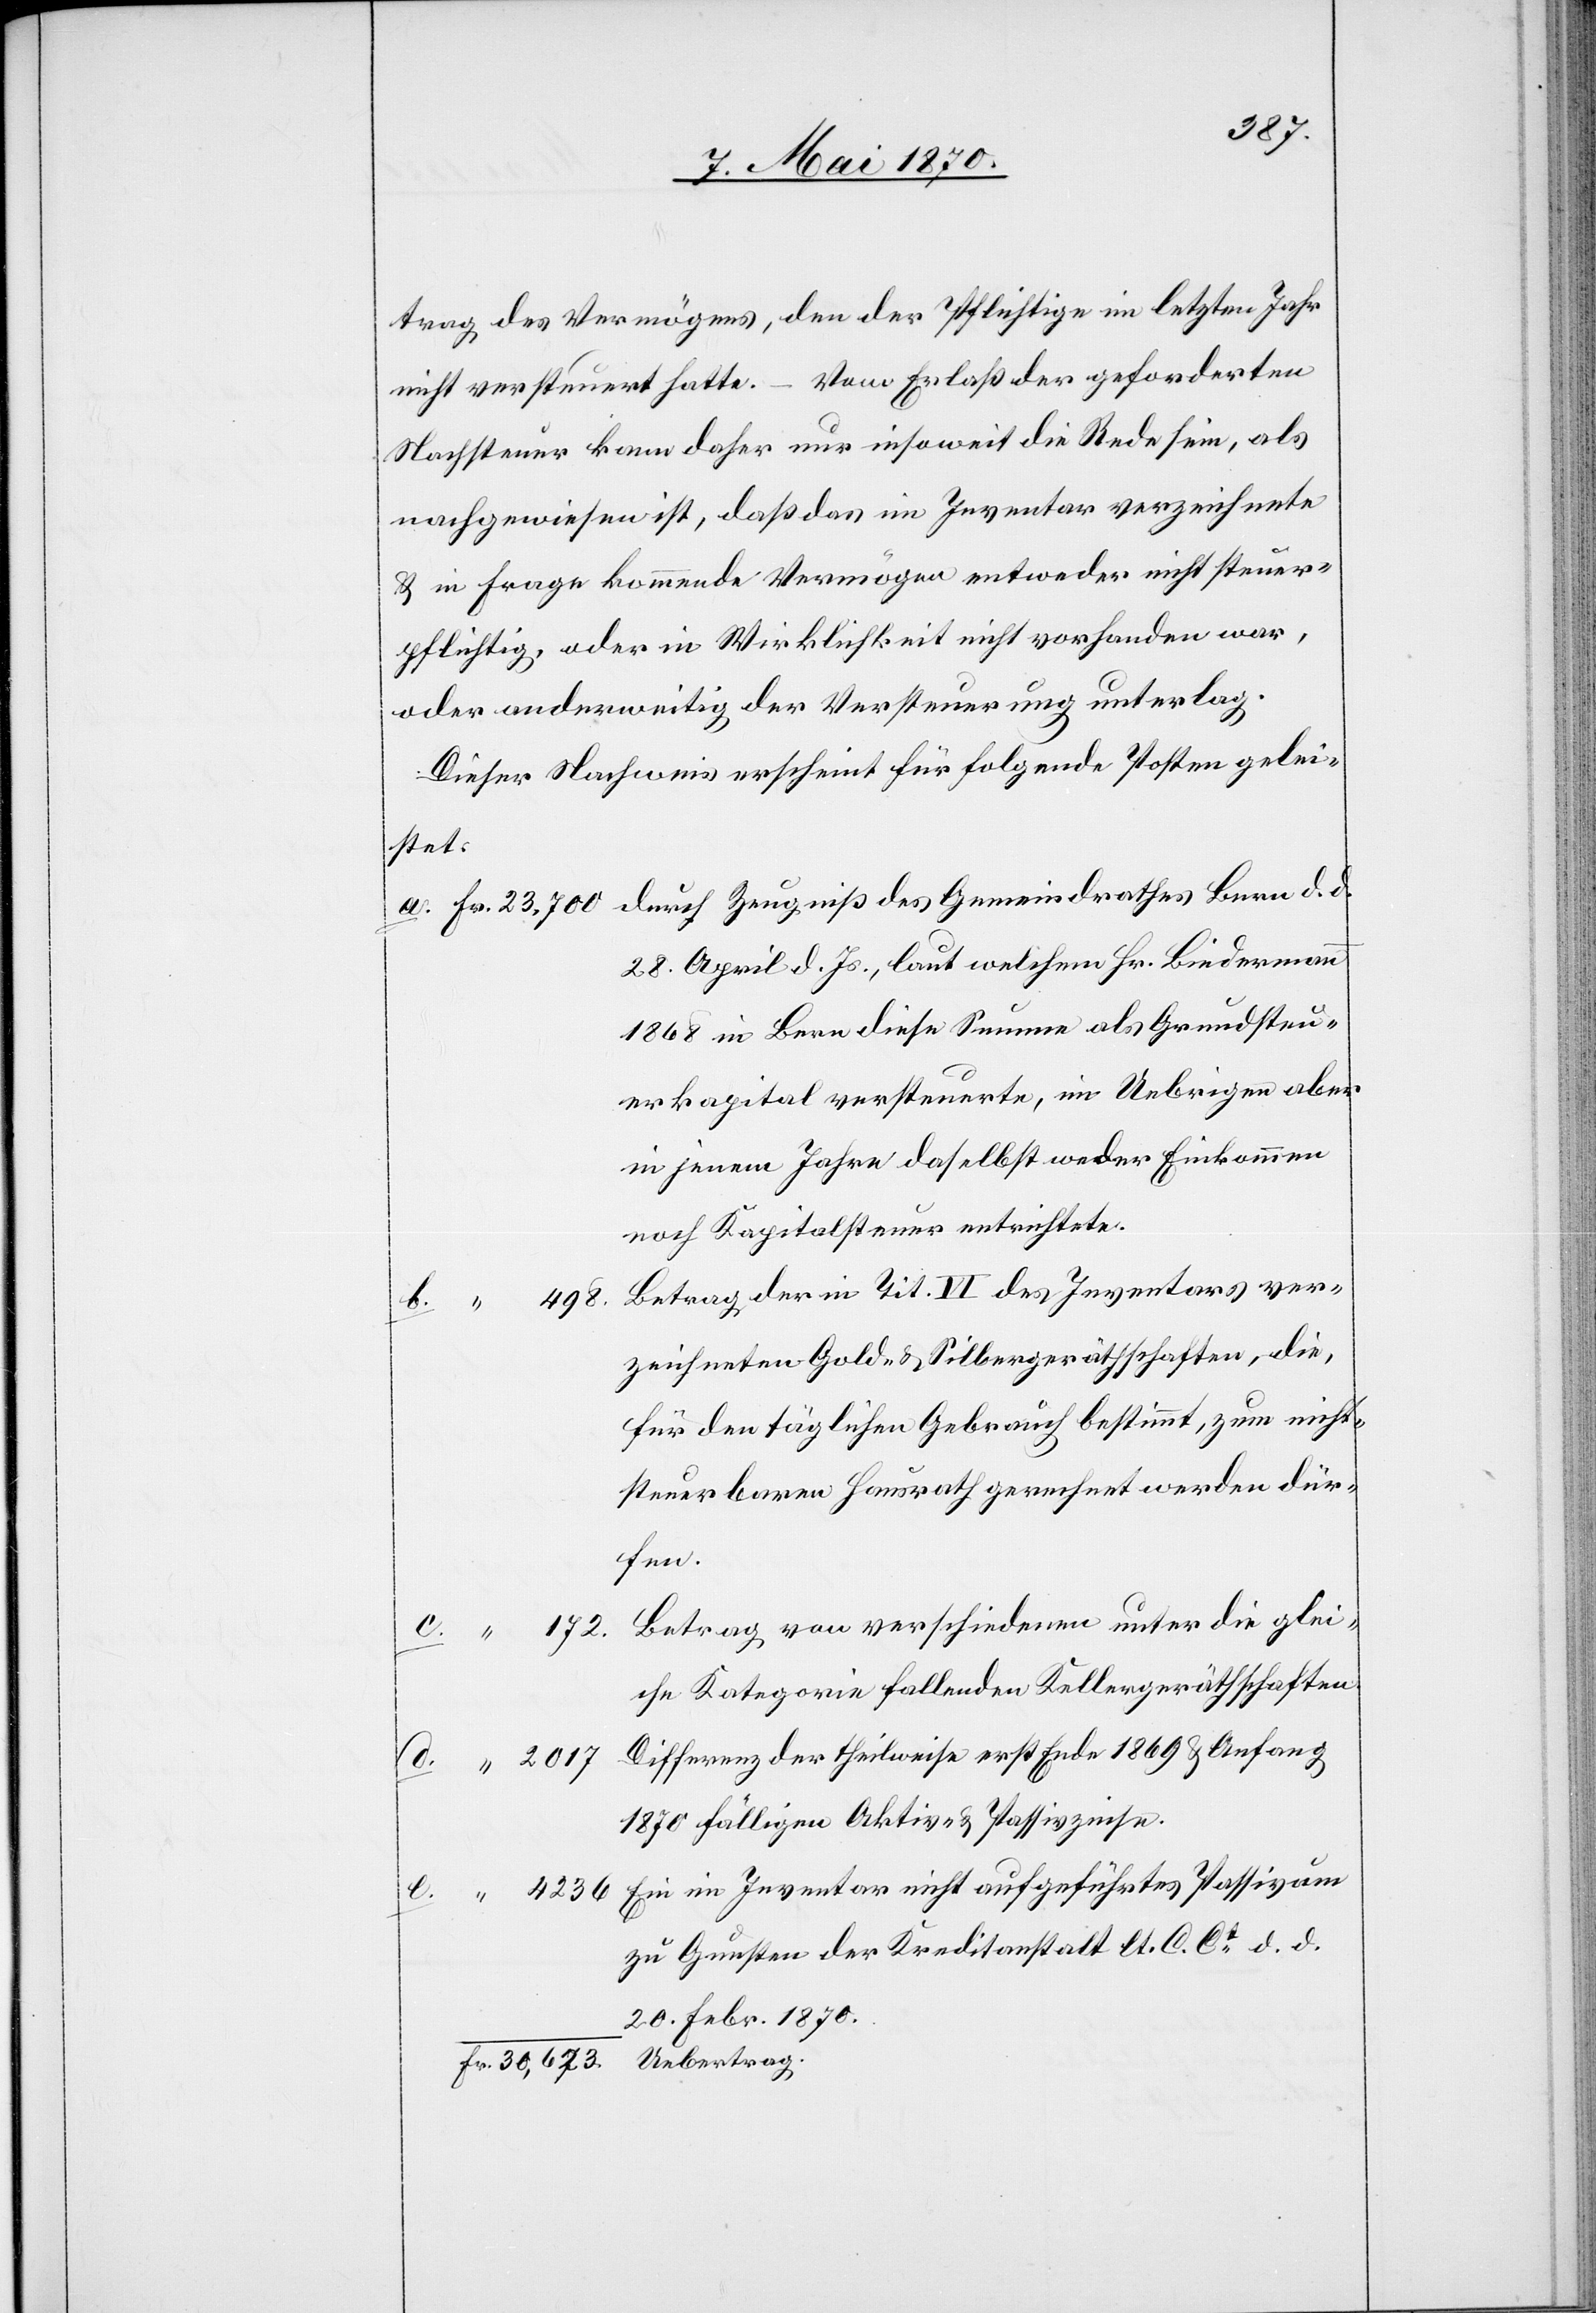
2017
trag des Vermögens, den der Pflichtige im letzten Jahr
nicht versteuert hatte. – Vom Erlaß der geforderten
Nachsteuer kann daher nur insoweit die Rede sein, als
nachgewiesen ist, daß das im Inventar verzeichnete
& in Frage kommende Vermögen entweder nicht steuer¬
pflichtig, oder in Wirklichkeit nicht vorhanden war,
oder anderweitig der Versteuerung unterlag.
Dieser Nachweis erscheint für folgende Posten gelei¬
stet:
durch Zeugniß des Gemeindrathes Bern d. d.
28. April d. Js., laut welchem Hr. Biedermann
1868 in Bern diese Summe als Grundsteu¬
erkapital versteuerte, im Uebrigen aber
in jenem Jahre daselbst weder Einkommen
noch Kapitalsteuer entrichtete.
Betrag der in Tit. VI des Inventars ver¬
zeichneten Gold- & Silbergeräthschaften, die,
für den täglichen Gebrauch bestimmt, zum nicht¬
steuerbaren Hausrath gerechnet werden dür¬
fen.
Betrag von verschiedenen unter die glei¬
che Kategorie fallenden Kellergeräthschaften.
1870 fälligen Aktiv- & Passivzinse.
zu Gunsten der Kreditanstalt lt. C. Ct d. d.
20 Febr. 1870.